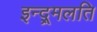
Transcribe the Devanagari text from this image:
इन्द्र्मलति